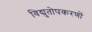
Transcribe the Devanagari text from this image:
विद्युतोपकरणों